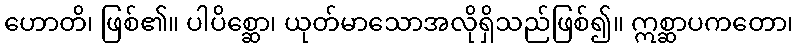
ဟောတိ၊ ဖြစ်၏။ ပါပိစ္ဆော၊ ယုတ်မာသောအလိုရှိသည်ဖြစ်၍။ ဣစ္ဆာပကတော၊